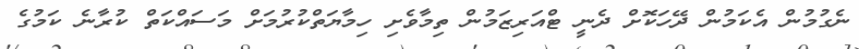
ނެގުމުން އެކަމުން ދޭހަކޮށް ދެނީ ޓްއަރިޒަމުން ތިމާވެށި ހިމާޔަތްކުރުމަށް މަސައްކަތް ކުރާނެ ކަމުގެ